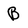
Character: B